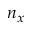
n _ { x }